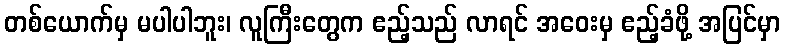
တစ်ယောက်မှ မပါပါဘူး၊ လူကြီးတွေက ဧည့်သည် လာရင် အဝေးမှ ဧည့်ခံဖို့ အပြင်မှာ